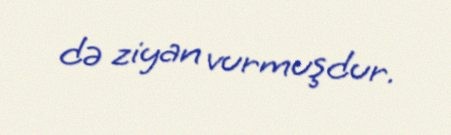
də ziyan vurmuşdur.